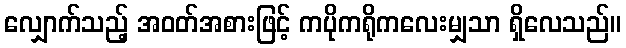
လျှောက်သည့် အဝတ်အစားဖြင့် ကပိုကရိုကလေးမျှသာ ရှိလေသည်။